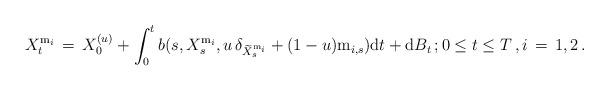
LaTeX: \begin{align*}X_{t}^{\mathrm m_{i}} \, =\, X_{0}^{(u)} + \int^{t}_{0}b( s, X_{s}^{\mathrm m_{i}} , u \, \delta_{ \widetilde{X}^{\mathrm m_{i}}_{s}} + ( 1- u) \mathrm m_{i,s}) {\mathrm d} t + {\mathrm d} B_{t} \, ; 0 \le t \le T \, ,i \, =\, 1, 2 \, . \end{align*}